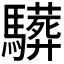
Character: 𩦦